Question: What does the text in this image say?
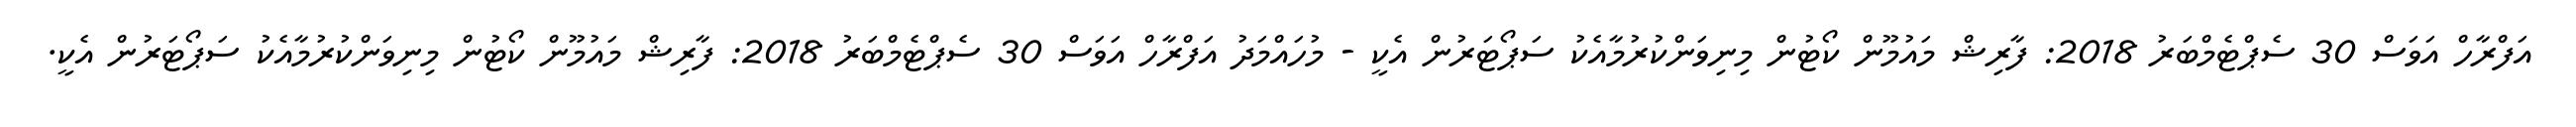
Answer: އަފްރާހް އަވަސް 30 ސެޕްޓެމްބަރު 2018: ފާރިޝް މައުމޫން ކޯޓުން މިނިވަންކުރުމާއެކު ސަޕޯޓަރުން އެކީ - މުހައްމަދު އަފްރާހް އަވަސް 30 ސެޕްޓެމްބަރު 2018: ފާރިޝް މައުމޫން ކޯޓުން މިނިވަންކުރުމާއެކު ސަޕޯޓަރުން އެކީ.